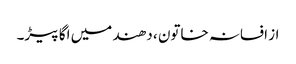
از افسانہ خاتون ، دھند میں اگا پیڑ۔